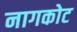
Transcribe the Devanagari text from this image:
नागकोट